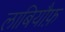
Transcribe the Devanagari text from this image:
लाबियौफ़